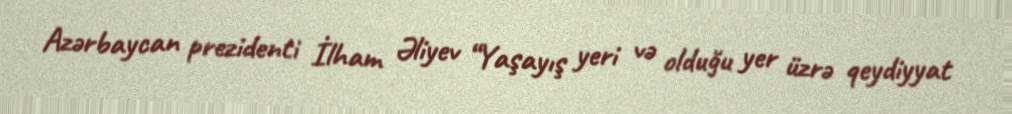
Azərbaycan prezidenti İlham Əliyev “Yaşayış yeri və olduğu yer üzrə qeydiyyat